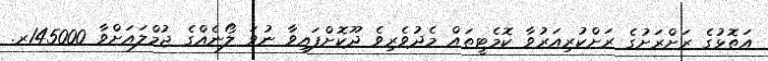
އަތޮޅުގެ ރަށްރަށުގެ ރަށްކުރިއަރުވާ ކޮމެޓީތައް މެދުވެރިވެ ދޫކޮށްފައިވާ ނުވަ ލޯނެއްގެ ޖުމްލައަށްވާ 145000ރ.